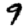
Digit: 9